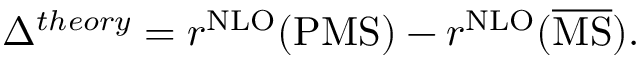
\Delta ^ { t h e o r y } = r ^ { \mathrm { { N L O } } } ( \mathrm { { P M S } } ) - r ^ { \mathrm { { N L O } } } ( \overline { { \mathrm { { M S } } } } ) .